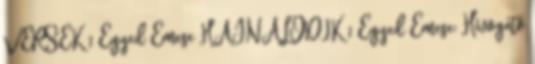
VERSEK 1 Egyed Emese HAJNALODIK 1 Egyed Emese: Hívogató